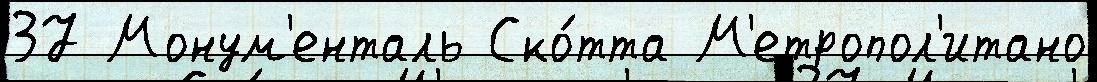
37 Монум'енталь Ско́тта М'етропол'итано